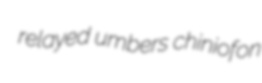
relayed umbers chiniofon